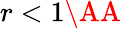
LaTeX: r<1\AA